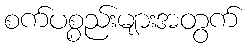
စက်ပစ္စည်းများအတွက်